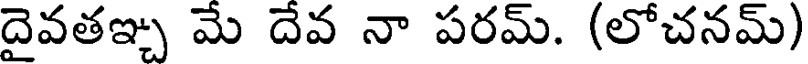
దైవతఞ్చ మే దేవ నా పరమ్. (లోచనమ్)